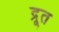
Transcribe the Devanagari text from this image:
द्रूत